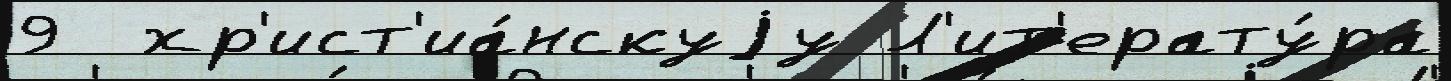
9  хр'ист'иа́нскуjу Л'ит'ерату́ра